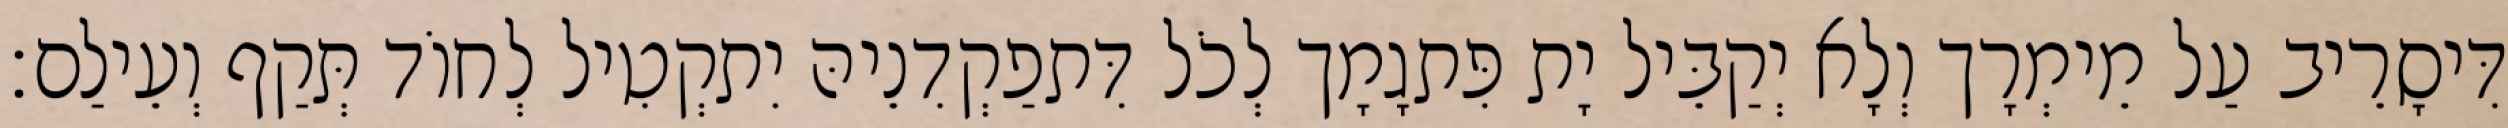
דִּיסָרֵיב עַל מֵימְרָך וְלָא יְקַבֵּיל יָת פִּתגָמָך לְכֹל דִּתפַקְדִנֵיהּ יִתקְטִיל לְחוֹד תְּקַף וְעֵילַם׃